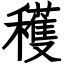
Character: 穫